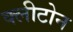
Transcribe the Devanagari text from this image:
क्‍लीटोन